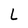
Character: L